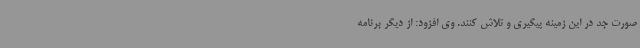
صورت جد در این زمینه پیگیری و تلاش کنند. وی افزود: از دیگر برنامه